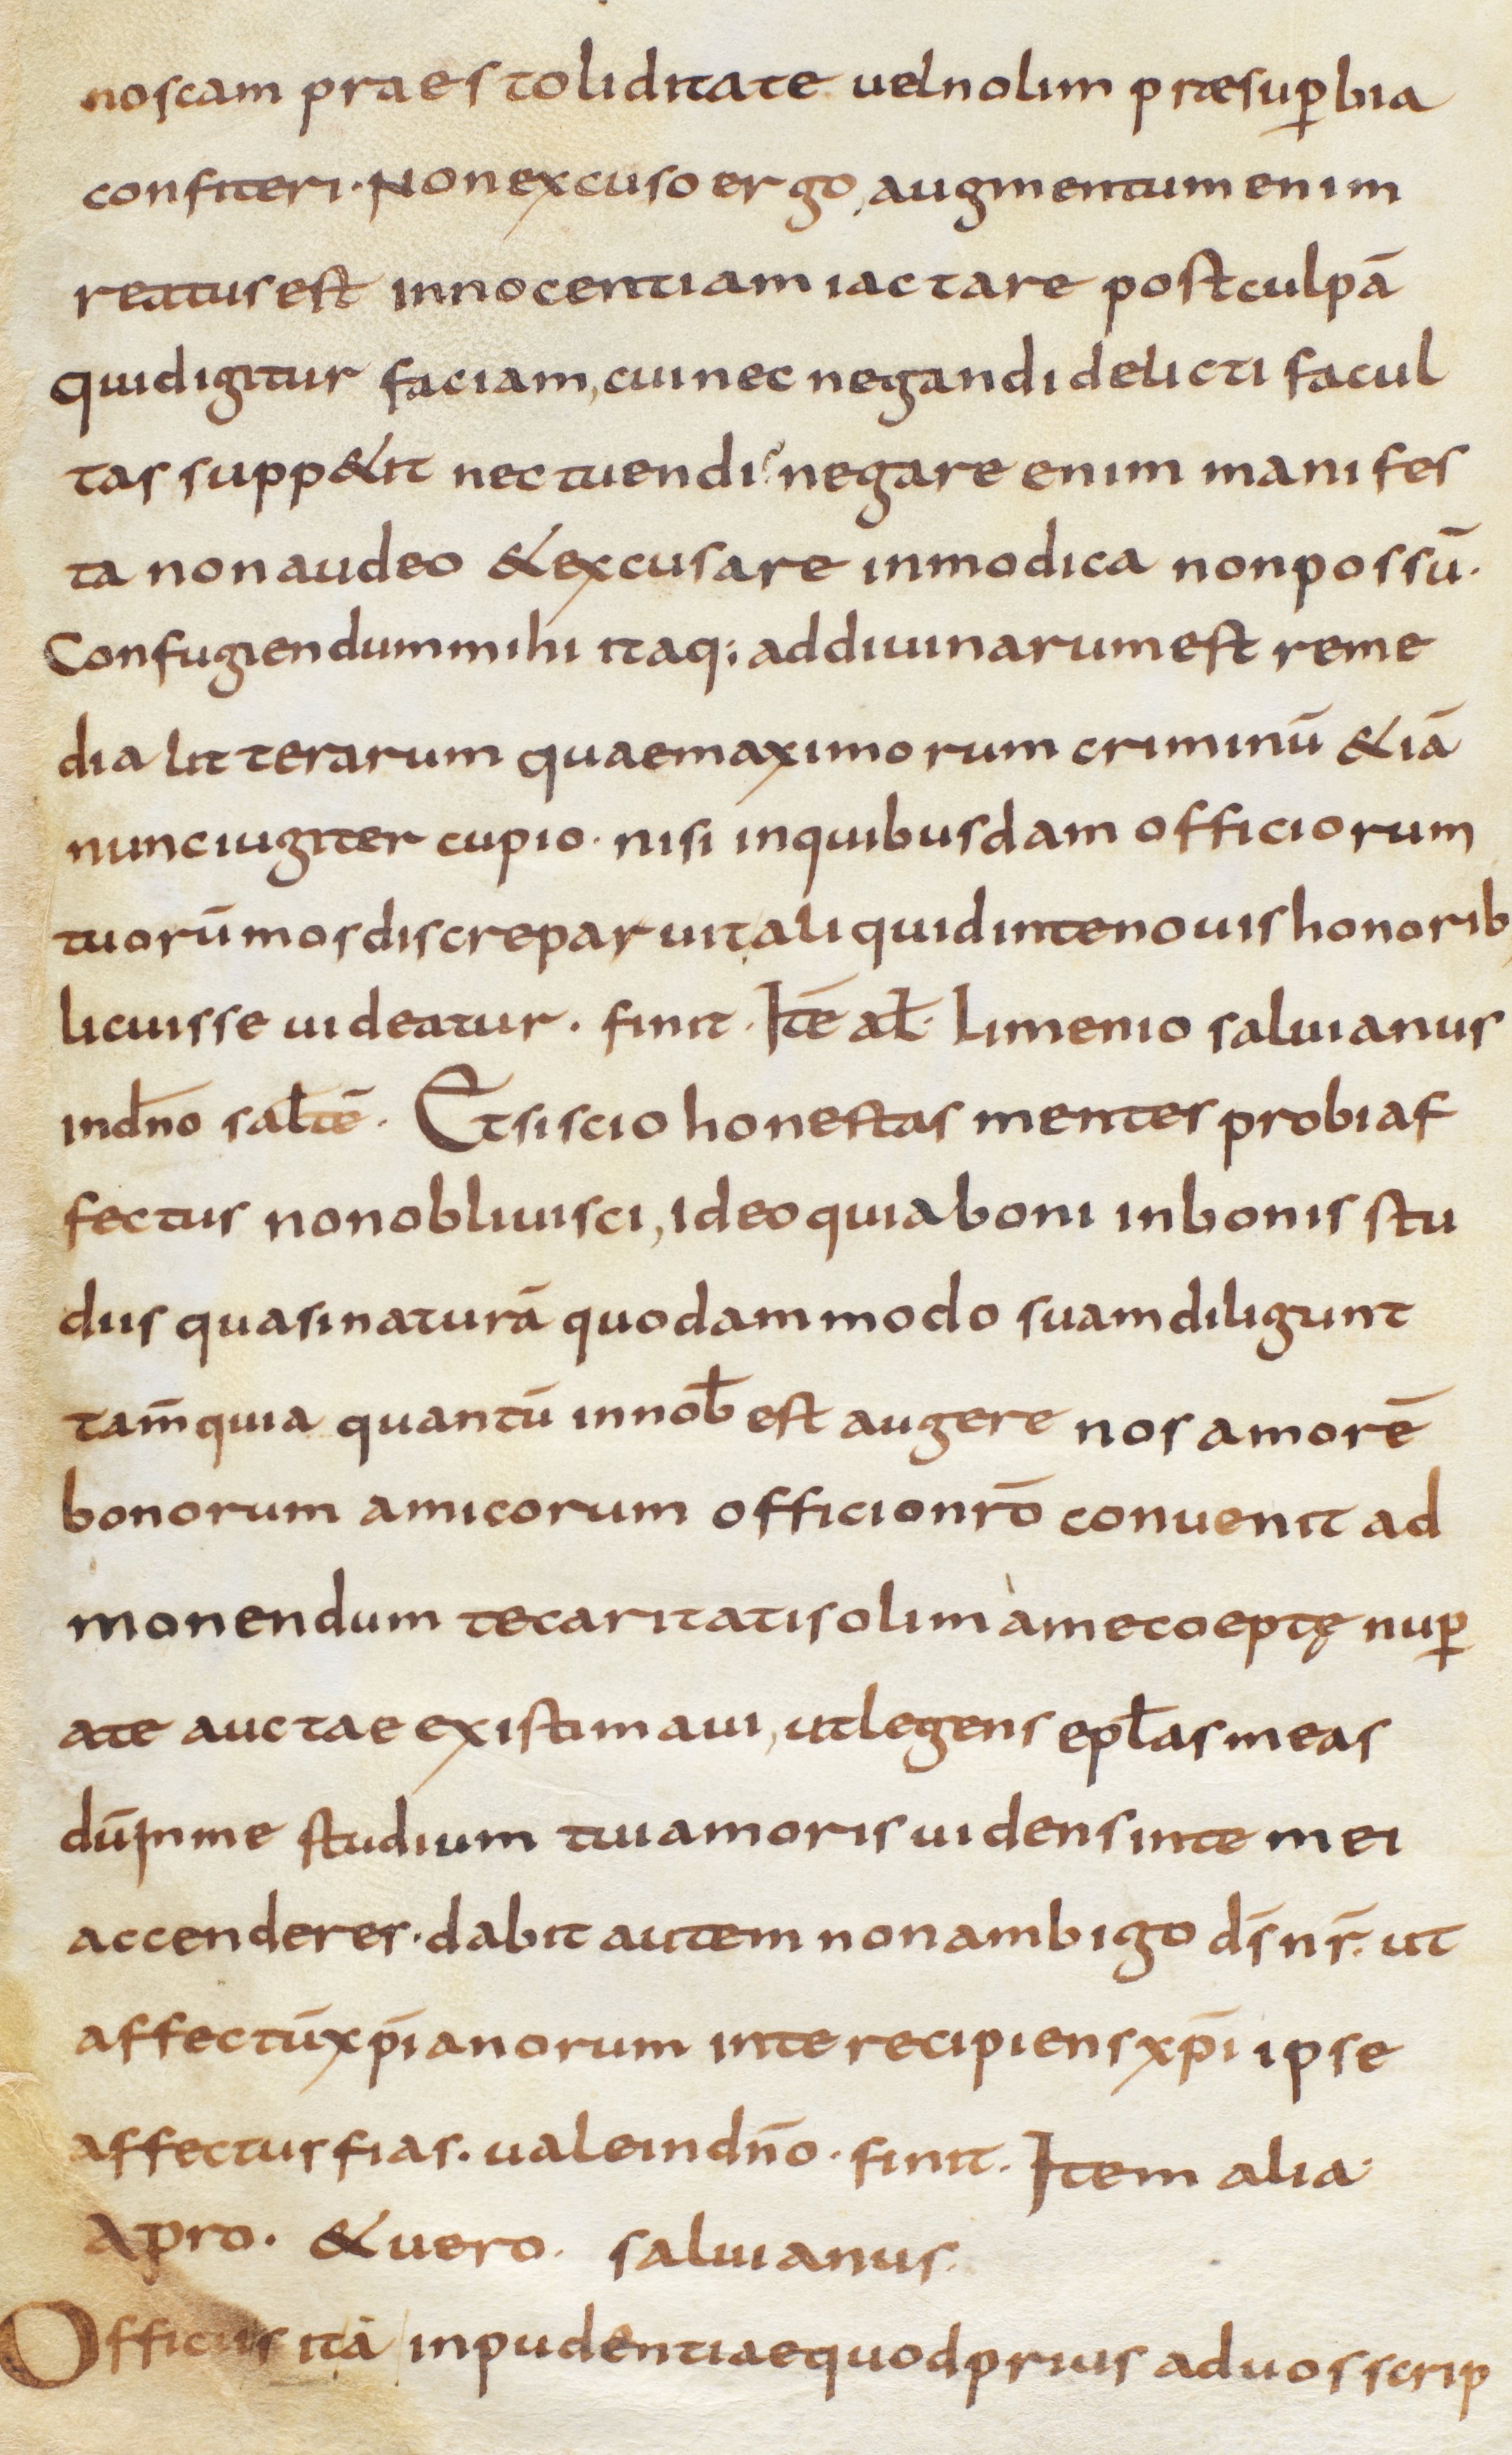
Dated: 800–999